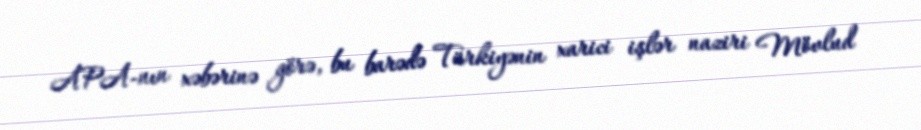
APA-nın xəbərinə görə, bu barədə Türkiyənin xarici işlər naziri Mövlud